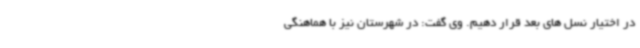
در اختیار نسل های بعد قرار دهیم. وی گفت: در شهرستان نیز با هماهنگی